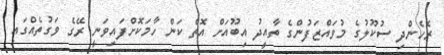
ރެހެންދި ސުކޫލުގެ މުވައްޒަފުންގެ ތާއީދު އިބޫއަށް އޮތް ކަން ހާމަކޮށްފައިވަނީ ރޭގެ ވަގުތެއްގައި